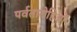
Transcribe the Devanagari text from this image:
पर्वतारोहिओं